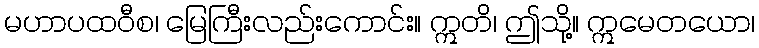
မဟာပထဝီစ၊ မြေကြီးလည်းကောင်း။ ဣတိ၊ ဤသို့။ ဣမေတယော၊